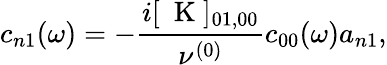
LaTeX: c_{n1}(\omega)=-\frac{i[\mathrm{~\mathbf~K~}]_{01,00}}{\nu^{(0)}}c_{00}(\omega)a_{n1},